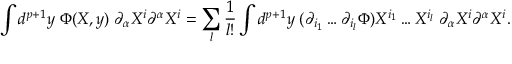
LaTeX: \int d ^ { p + 1 } y \; \Phi ( X , y ) \; \partial _ { \alpha } X ^ { i } \partial ^ { \alpha } X ^ { i } = \sum _ { l } { \frac { 1 } { l ! } } \int d ^ { p + 1 } y \; ( \partial _ { i _ { 1 } } \dots \partial _ { i _ { l } } \Phi ) X ^ { i _ { 1 } } \dots X ^ { i _ { l } } \; \partial _ { \alpha } X ^ { i } \partial ^ { \alpha } X ^ { i } .